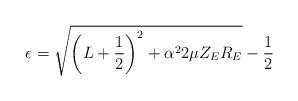
LaTeX: \begin{align*}\epsilon =\sqrt {\left(L+\frac 12\right)^2+\alpha^22\mu Z_ER_E}-\frac 12\end{align*}